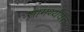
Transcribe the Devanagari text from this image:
सामर्थ्यवंत